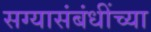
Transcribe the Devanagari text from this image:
सग्यासंबंधींच्या